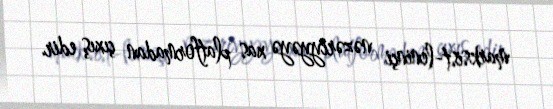
marksist-leninçi nəzəriyyəyə xas platformadan çıxış edir.